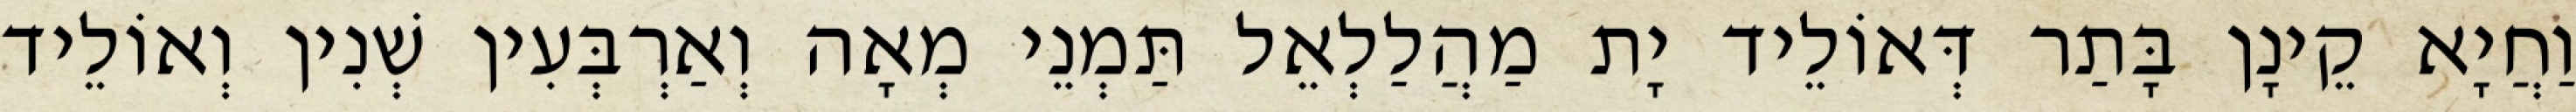
וַחֲיָא קֵינָן בָּתַר דְּאוֹלֵיד יָת מַהֲלַלְאֵל תַּמְנֵי מְאָה וְאַרְבְּעִין שְׁנִין וְאוֹלֵיד